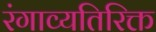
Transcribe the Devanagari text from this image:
रंगाव्यतिरिक्त